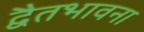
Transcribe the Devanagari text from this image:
द्वैतभावना